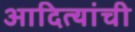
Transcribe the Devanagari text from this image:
आदित्यांची